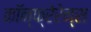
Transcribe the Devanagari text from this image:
कॉन्फ्रेरेन्स